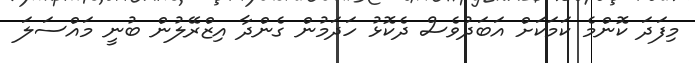
މިފަދަ ކޮންމެ ކަމަަކަށް އަބަދުވެސް ދެކޮޅު ހަދަމުން ގެންދާ އިޒްރޭލުން ބުނީ މައްސަލަ